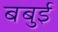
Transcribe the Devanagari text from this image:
बबुई